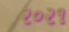
૨૦૨૧